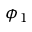
\phi _ { 1 }